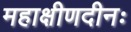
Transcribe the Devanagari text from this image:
महाक्षीणदीनः